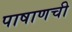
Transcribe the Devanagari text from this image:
पाषाणची